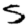
Digit: 5